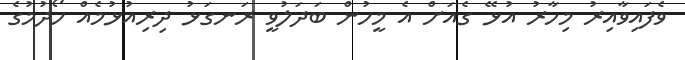
ވެފައިވާއިރު މިހާރު އުޅޭ ގެއަށް އެ މީހުން ބަދަލުވީ ރަނގަޅު ދިރިއުޅުމެއް ހޯދުމުގެ